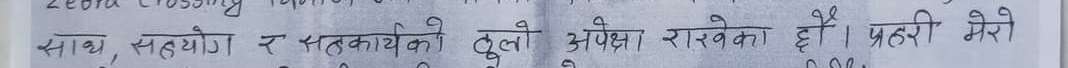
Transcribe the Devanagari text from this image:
साथ, सहयोग र सत्कार्यको ठुलो अपेक्षा राखेका छौँ । प्रहरी मेरो